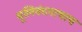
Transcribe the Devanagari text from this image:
धूलिवंदनाचाच